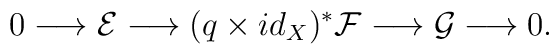
0 \longrightarrow \mathcal{E} \longrightarrow (q \times  id_X)^*\mathcal{F} \longrightarrow \mathcal{G} \longrightarrow 0.